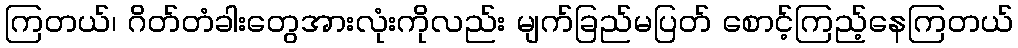
ကြတယ်၊ ဂိတ်တံခါးတွေအားလုံးကိုလည်း မျက်ခြည်မပြတ် စောင့်ကြည့်နေကြတယ်